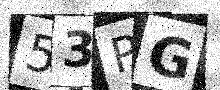
Text: 53PG